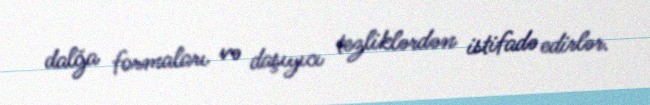
dalğa formaları və daşıyıcı tezliklərdən istifadə edirlər.